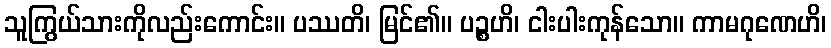
သူကြွယ်သားကိုလည်းကောင်း။ ပဿတိ၊ မြင်၏။ ပဉ္စဟိ၊ ငါးပါးကုန်သော။ ကာမဂုဏေဟိ၊